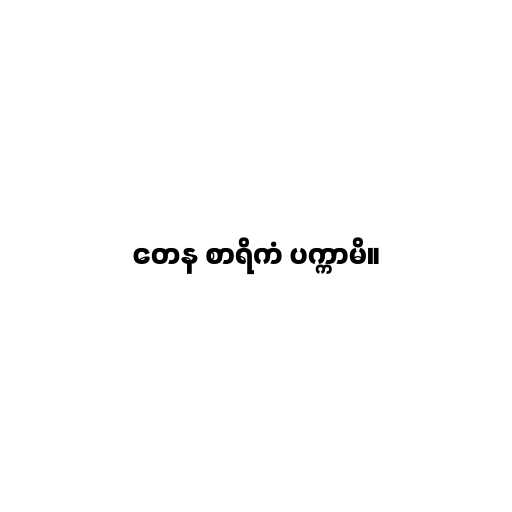
တေန စာရိကံ ပက္ကာမိ။